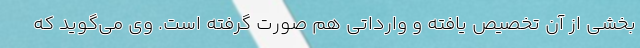
بخشی از آن تخصیص یافته و وارداتی هم صورت گرفته است. وی می‌گوید که